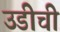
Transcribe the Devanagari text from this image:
उडीची